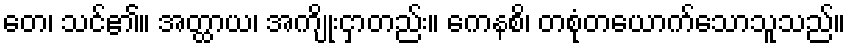
တေ၊ သင်၏။ အတ္ထာယ၊ အကျိုးငှာတည်း။ ကေနစိ၊ တစုံတယောက်သောသူသည်။